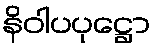
နိဝါပပုဋ္ဌော